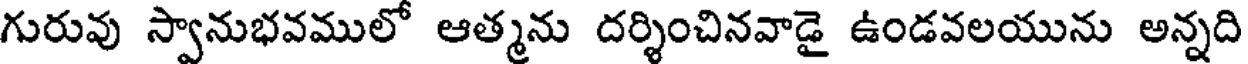
గురువు స్వానుభవములో ఆత్మను దర్శించినవాడై ఉండవలయును అన్నది